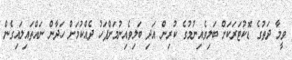
ވީމާ ދަތުގެ ޑޮކުޓަރަކަށް ބަލިވެއިނުމުގެ ކުރިން އަދި ބަލިވެއިނުމަށްފަހު ދެއްކުމަށް ހަދާން ނައްތައިލައިގެން